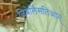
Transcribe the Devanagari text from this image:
ळिबेर्लिसतिओन्